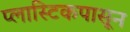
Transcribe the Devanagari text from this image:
प्लास्टिकपासून